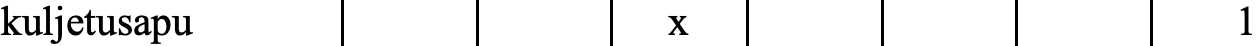
kuljetusapu           x                  1